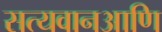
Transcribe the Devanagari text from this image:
सत्यवानआणि